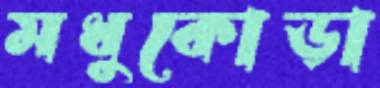
মধুকোড়া